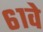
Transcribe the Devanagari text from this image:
६१वे